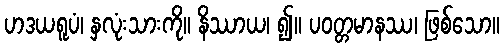
ဟဒယရူပံ၊ နှလုံးသားကို။ နိဿာယ၊ ၍။ ပဝတ္တမာနဿ၊ ဖြစ်သော။